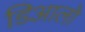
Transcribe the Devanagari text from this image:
डिआलो